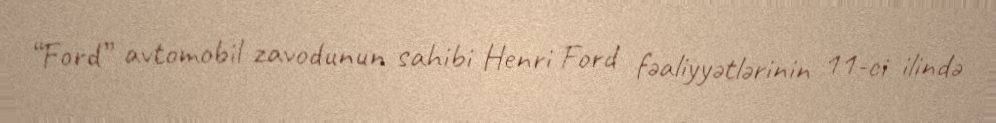
“Ford” avtomobil zavodunun sahibi Henri Ford fəaliyyətlərinin 11-ci ilində